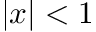
| x | < 1